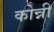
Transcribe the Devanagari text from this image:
कोन्नी